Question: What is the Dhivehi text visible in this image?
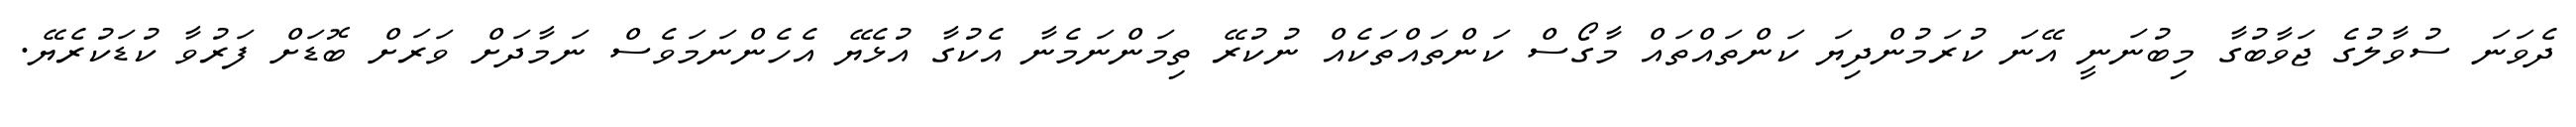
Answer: ދެވަނަ ސުވާލުގެ ޖަވާބުގާ މިބުނަނީ އޭނަ ކުރަމުންދިޔަ ކަންތައްތައް މާގޯސް ކަންތައްތަކެއް ނުކުރޭ ތިމަންނަމެނާ އެކުގާ އުޅެޔޭ އެހެންނަމަވެސް ނަމާދަށް ވަރަށް ބޮޑަށް ފަރުވާ ކުޑަކުރެޔޭ.